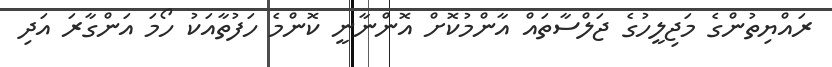
ރައްޔިތުންގެ މަޖިލީހުގެ ޖަލްސާތައް އާންމުކޮށް އޮންނާނީ ކޮންމެ ހަފުތާއަކު ހޯމަ އަންގާރަ އަދި